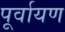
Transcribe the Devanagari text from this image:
पूर्वायण